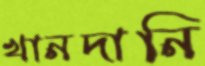
খানদানি